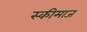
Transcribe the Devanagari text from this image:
स्कीमाज